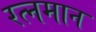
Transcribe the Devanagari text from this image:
रत्नमान